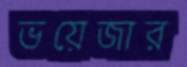
ভয়েজার